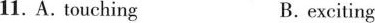
11. A. touching B.exciting